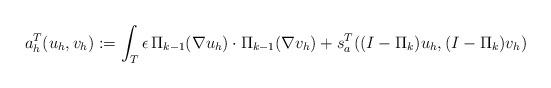
LaTeX: \begin{align*}a^{T}_{h}(u_{h},v_{h}):=\int_{T} \epsilon \, \Pi_{k-1}(\nabla u_{h}) \cdot \Pi_{k-1}(\nabla v_{h}) +s^{T}_{a}((I-\Pi_{k})u_{h},(I-\Pi_{k})v_{h})\end{align*}